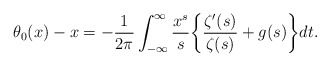
\begin{align*} \theta_0(x) - x = - \frac{1}{2\pi} \int_{-\infty}^{\infty} \frac{x^{s}}{s} \bigg\{ \frac{\zeta'(s)}{\zeta(s)} + g(s) \bigg\} dt.\end{align*}